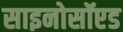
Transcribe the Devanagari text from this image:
साइनोसॉएड